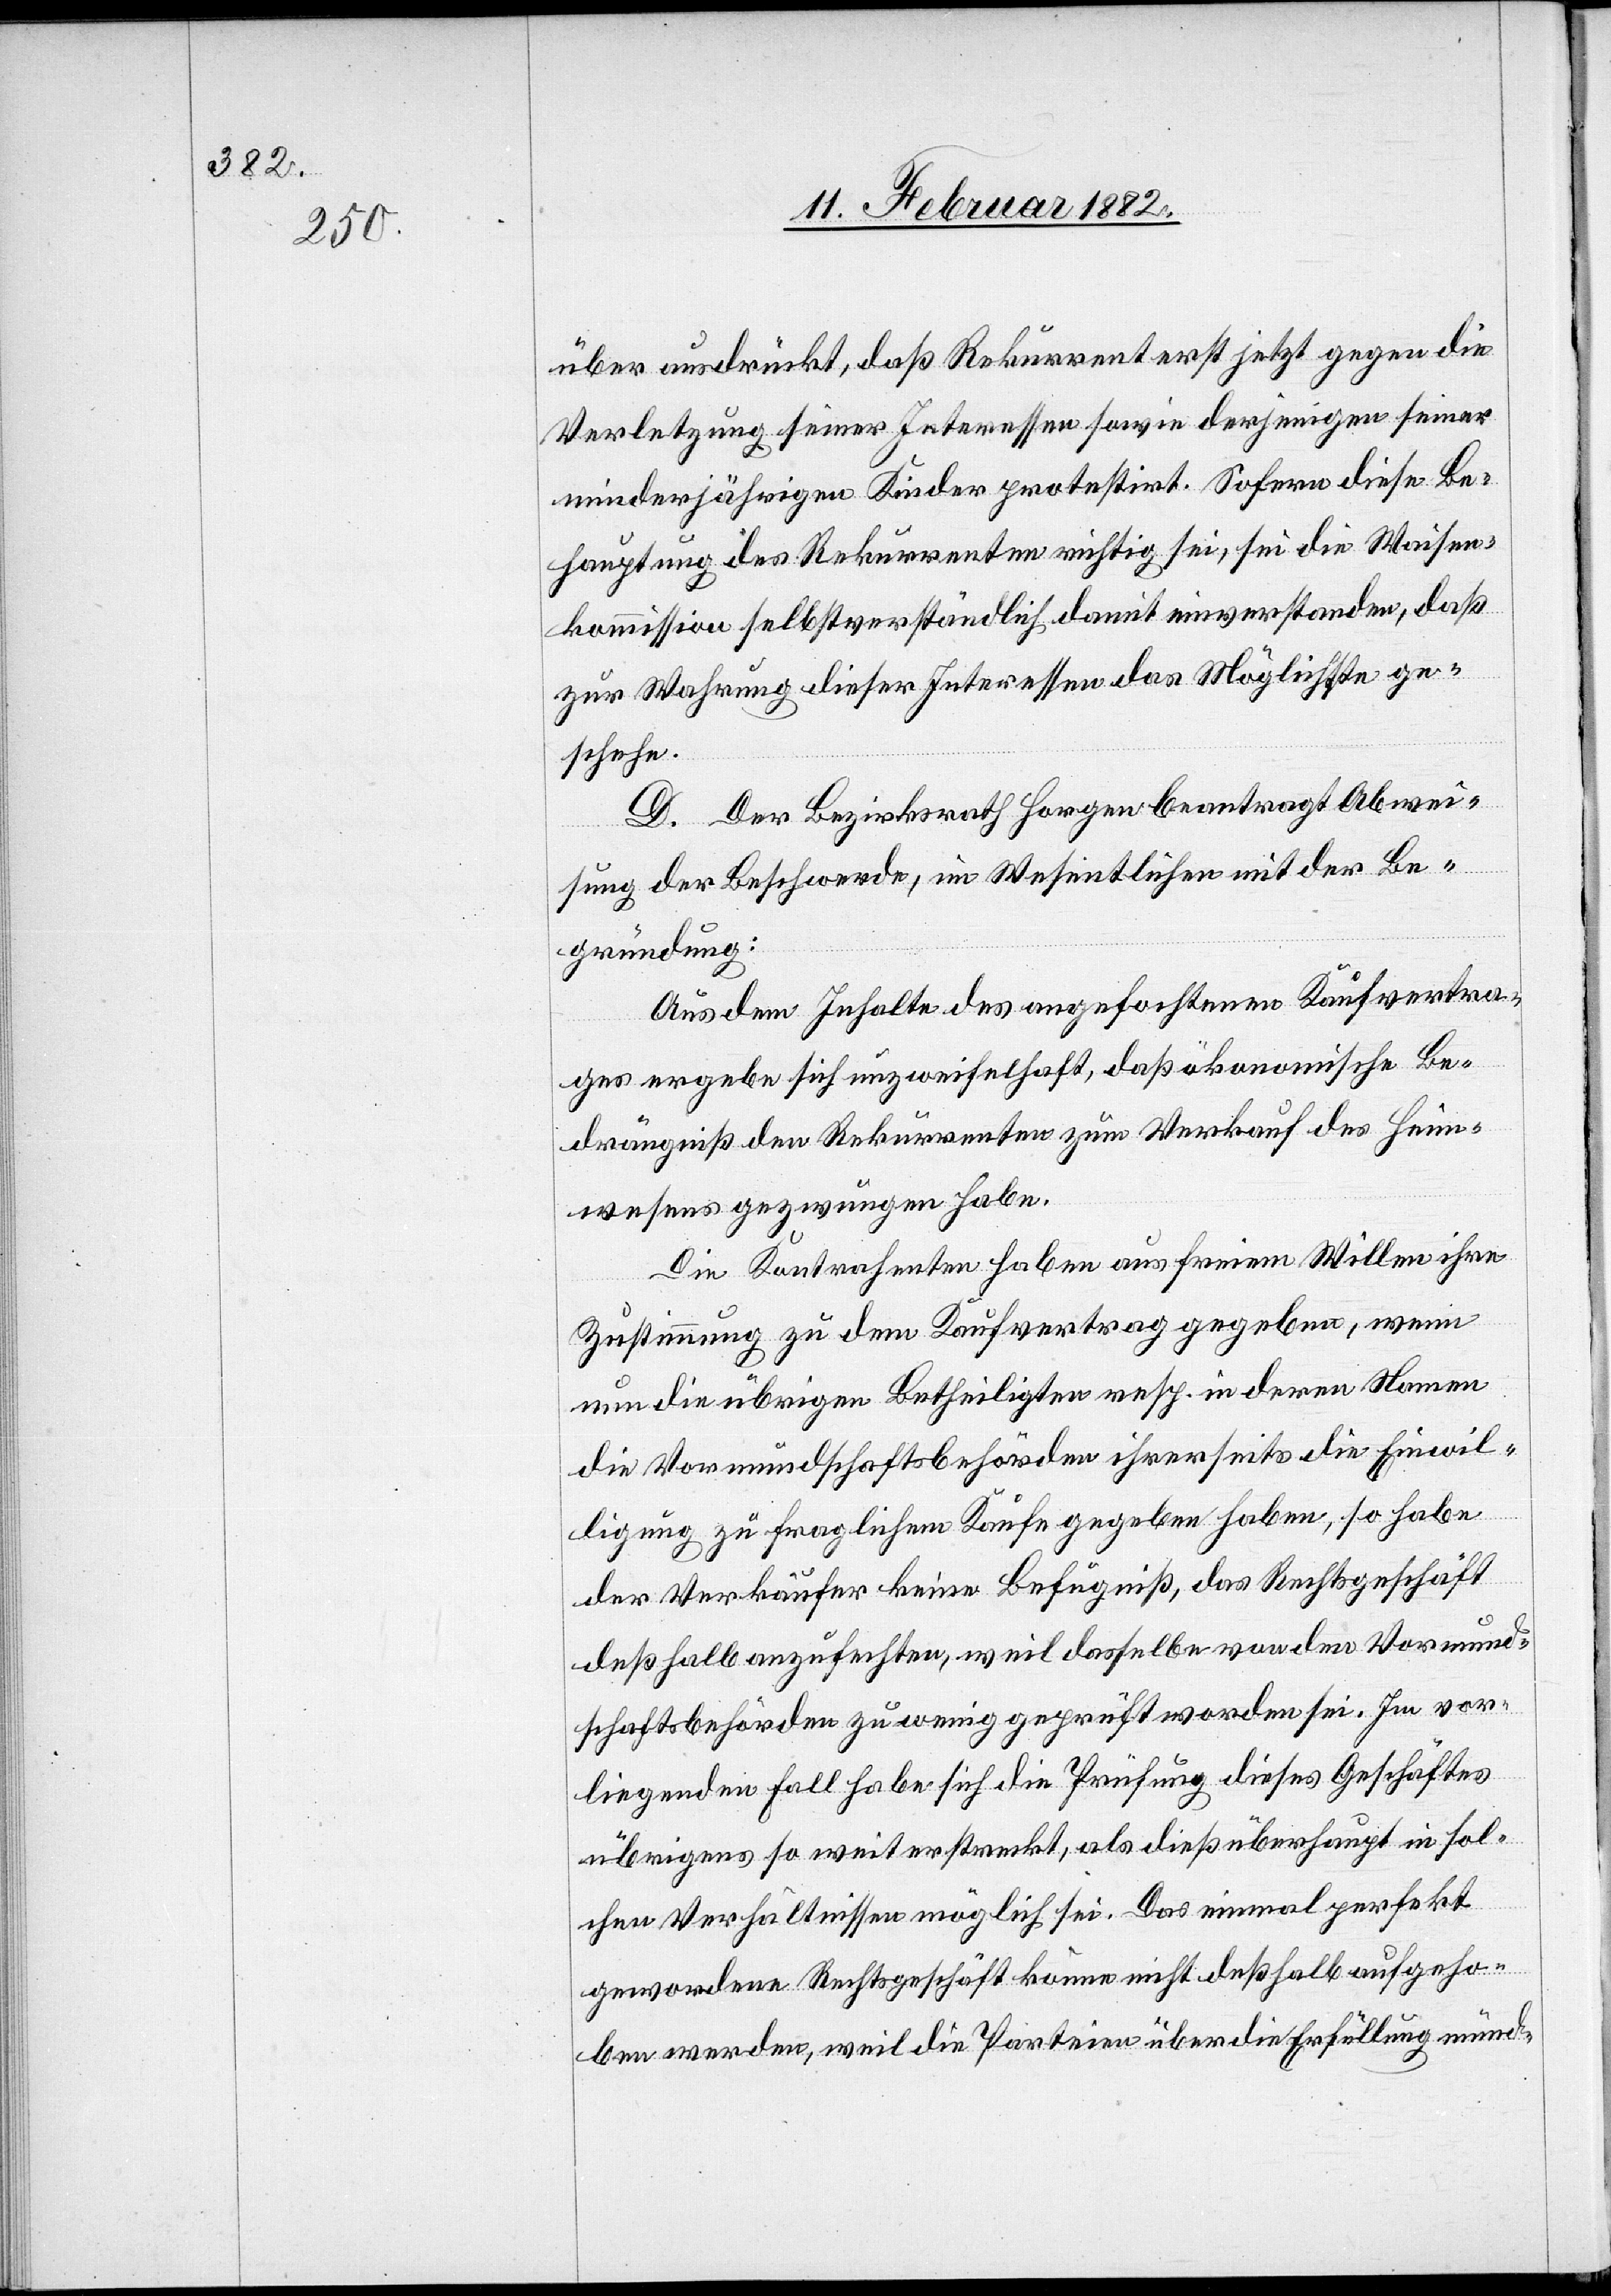
über ausdrückt, daß Rekurrent erst jetzt gegen die
Verletzung seiner Interessen sowie derjenigen seiner
minderjährigen Kinder protestirt. Sofern diese Be¬
hauptung des Rekurrenten richtig sei, sei die Waisen¬
kommission selbstverständlich damit einverstanden, daß
zur Wahrung dieser Interessen das Möglichste ge¬
schehe.
D. Der Bezirksrath Horgen beantragt Abwei¬
sung der Beschwerde, im Wesentlichen mit der Be¬
gründung:
Aus dem Inhalte des angefochtenen Kaufvertra¬
ges ergebe sich unzweifelhaft, daß ökonomische Be¬
drängniß den Rekurrenten zum Verkauf des Heim¬
wesens gezwungen habe.
Die Kontrahenten haben aus freien Willen ihre
Zustimmung zu dem Kaufvertrage gegeben, wenn
um die übrigen Betheiligten resp. in deren Namen
die Vormundschaftsbehörde ihrerseits die Einwil¬
ligung zu fraglichem Kaufe gegeben haben; so habe
der Verkäufer keine Befugniß, das Rechtsgeschäft
deßhalb auszufechten, weil dasselbe von den Vormund¬
schaftsbehörden zu wenig geprüft worden sei. Im vor¬
liegenden Fall habe sich die Prüfung dieses Geschäftes
übrigens so weit erstreckt, als dieß überhaupt in sol¬
chen Verhältnissen möglich sei. Das einmal perfekt
gewordene Rechtgeschäft könne nicht deshalb aufgeho¬
ben werden, weil die Parteien über die Erfüllung münd-